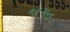
જાગત